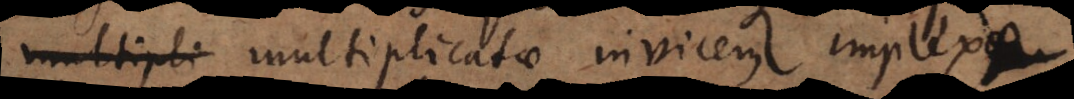
, multiplicatae invicem, implexae